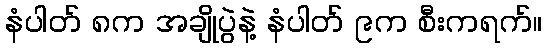
နံပါတ် ၈က အချိုပွဲနဲ့ နံပါတ် ၉က စီးကရက်။